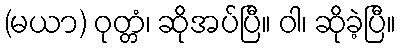
(မယာ) ဝုတ္တံ၊ ဆိုအပ်ပြီ။ ဝါ၊ ဆိုခဲ့ပြီ။